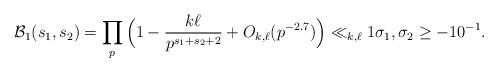
LaTeX: \begin{align*}\mathcal{B}_1(s_1,s_2) & = \prod_{p} \Big( 1-\frac{k \ell}{p^{s_1+s_2+2}} + O_{k,\ell}(p^{-2.7}) \Big ) \ll_{k,\ell} 1 \sigma_1, \sigma_2 \ge -10^{-1}. \end{align*}